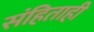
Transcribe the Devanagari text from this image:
संहिताही